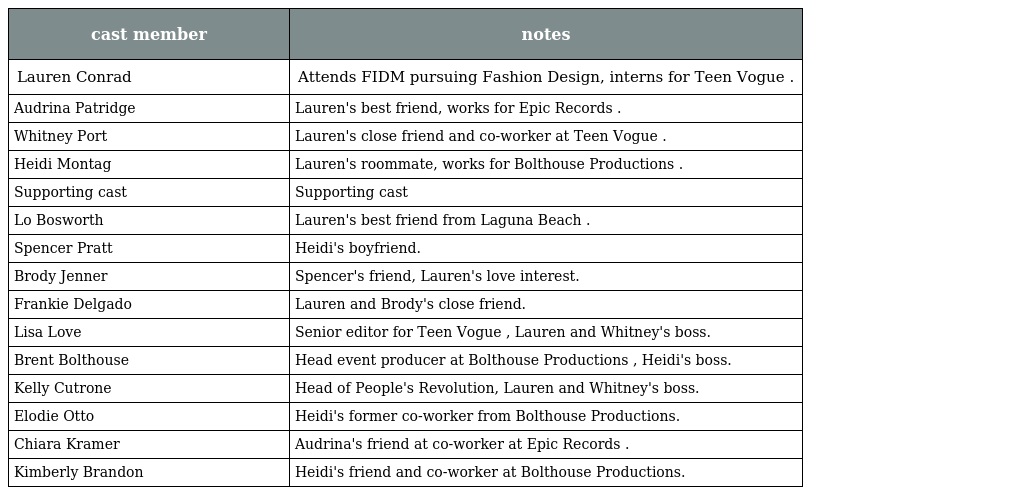
| cast member | notes |
 | --- | --- |
 | Lauren Conrad | Attends FIDM pursuing Fashion Design, interns for Teen Vogue . |
 | Audrina Patridge | Lauren's best friend, works for Epic Records . |
 | Whitney Port | Lauren's close friend and co-worker at Teen Vogue . |
 | Heidi Montag | Lauren's roommate, works for Bolthouse Productions . |
 | Supporting cast | Supporting cast |
 | Lo Bosworth | Lauren's best friend from Laguna Beach . |
 | Spencer Pratt | Heidi's boyfriend. |
 | Brody Jenner | Spencer's friend, Lauren's love interest. |
 | Frankie Delgado | Lauren and Brody's close friend. |
 | Lisa Love | Senior editor for Teen Vogue , Lauren and Whitney's boss. |
 | Brent Bolthouse | Head event producer at Bolthouse Productions , Heidi's boss. |
 | Kelly Cutrone | Head of People's Revolution, Lauren and Whitney's boss. |
 | Elodie Otto | Heidi's former co-worker from Bolthouse Productions. |
 | Chiara Kramer | Audrina's friend at co-worker at Epic Records . |
 | Kimberly Brandon | Heidi's friend and co-worker at Bolthouse Productions. |